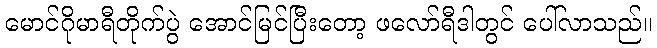
မောင်ဂိုမာရီတိုက်ပွဲ အောင်မြင်ပြီးတော့ ဖလော်ရီဒါတွင် ပေါ်လာသည်။